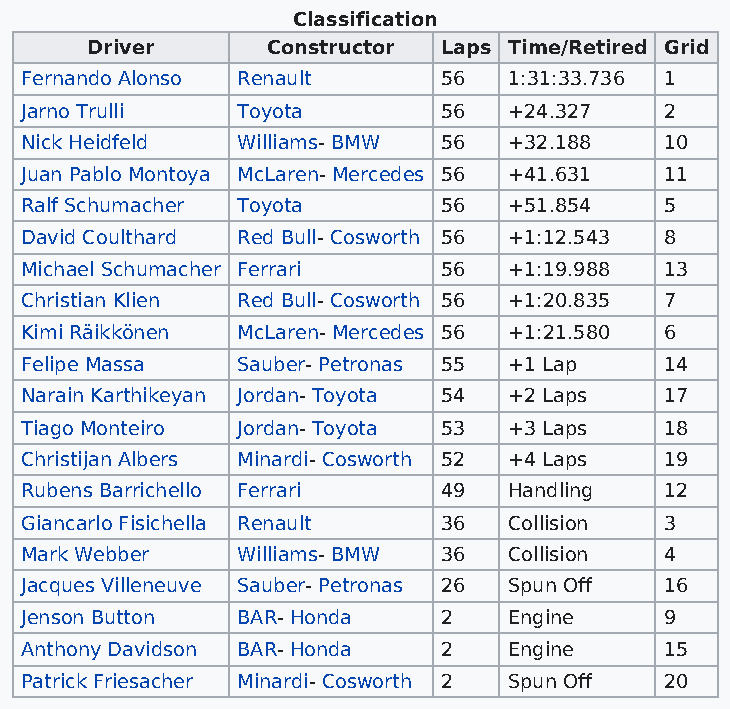
Classification
 Driver      Constructor Laps Time/Retired Grid
 Fernando Alonso Renault     56   1:31:33.736 1
 Jarno Trulli   Toyota       56   +24.327   2
 Nick Heidfeld  Williams- BMW 56  +32.188   10
 Juan Pablo Montoya McLaren- Mercedes 56 +41.631 11
 Ralf Schumacher Toyota      56   +51.854   5
 David Coulthard Red Bull- Cosworth 56 +1:12.543 8
 Michael Schumacher Ferrari  56   +1:19.988 13
 Christian Klien Red Bull- Cosworth 56 +1:20.835 7
 Kimi Räikkönen McLaren- Mercedes 56 +1:21.580 6
 Felipe Massa   Sauber- Petronas 55 +1 Lap  14
 Narain Karthikeyan Jordan- Toyota 54 +2 Laps 17
 Tiago Monteiro Jordan- Toyota 53 +3 Laps   18
 Christijan Albers Minardi- Cosworth 52 +4 Laps 19
 Rubens Barrichello Ferrari  49   Handling  12
 Giancarlo Fisichella Renault 36  Collision 3
 Mark Webber    Williams- BMW 36  Collision 4
 Jacques Villeneuve Sauber- Petronas 26 Spun Off 16
 Jenson Button  BAR- Honda   2    Engine    9
 Anthony Davidson BAR- Honda 2    Engine    15
 Patrick Friesacher Minardi- Cosworth 2 Spun Off 20